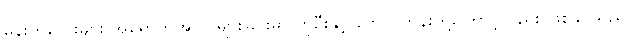
မိန်းကလေးများ အရောက်အလာများခြင်းမှာ ကိုဦးနှင့် ဘောင်ဟိန်းတို့ကြောင့်လည်း ဖြစ်နိုင်သည်။